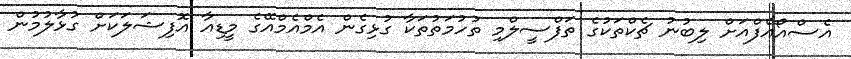
އެސްއޯއެފްއަށް ލިބުނު ޗެކްތަކުގެ ތަފްސީލްމި ތުހުމަތުތަކާ ގުޅިގެން އެމްއެމްއޭގެ މީޑިއާ އޮފިޝަލަކަށް ގުޅާލުމުން